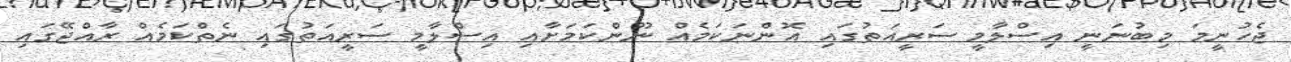
ޖެހުނީމަ މިބުނަނީ އިސްލާމީ ސަރީއަތުގައި އޮންނަކަމެއް ނޫންކަމަށާއި އިސްލާމީ ސަރީއަތުގައި ނެތްކަމެއް ރާއްޖޭގައި